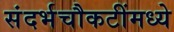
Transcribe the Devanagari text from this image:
संदर्भचौकटींमध्ये